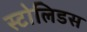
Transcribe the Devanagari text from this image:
स्टोलिडस